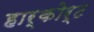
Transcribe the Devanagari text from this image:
हार्कोर्ट